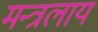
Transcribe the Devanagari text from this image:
मन्त्रलाय